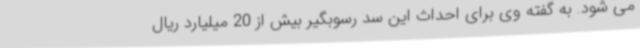
می شود. به گفته وی برای احداث این سد رسوبگیر بیش از 20 میلیارد ریال